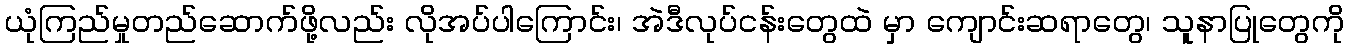
ယုံကြည်မှုတည်ဆောက်ဖို့လည်း လိုအပ်ပါကြောင်း၊ အဲဒီလုပ်ငန်းတွေထဲ မှာ ကျောင်းဆရာတွေ၊ သူနာပြုတွေကို